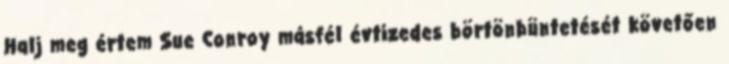
Halj meg értem Sue Conroy másfél évtizedes börtönbüntetését követően